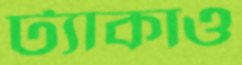
ট্যাকাও